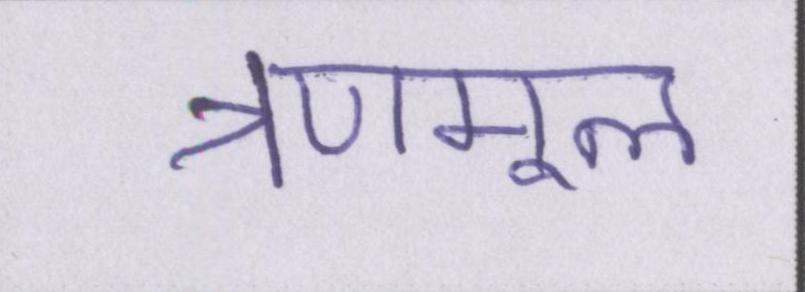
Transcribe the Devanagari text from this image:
त्रणमूल